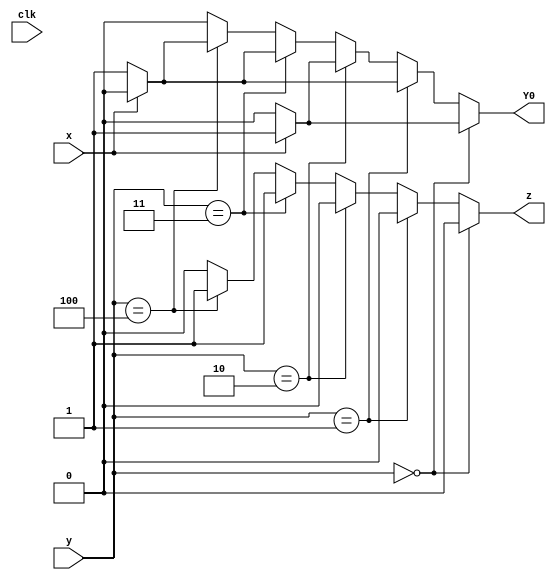
module top_module (
    input clk,
    input [2:0] y,
    input x,
    output Y0,
    output z
);
	
    always@(*)begin
        if(y == 0)begin Y0 <= x ? 1 : 0; z <= 0;end
        else if(y == 1)begin Y0 <= x ? 0 : 1; z <= 0;end
        else if(y == 2)begin Y0 <= x ? 1 : 0; z <= 0;end
        else if(y == 3)begin Y0 <= x ? 0 : 1; z <= 1;end
        else if(y == 4)begin Y0 <= x ? 0 : 1; z <= 1;end
        else begin Y0 <= 0; z <= 0;end
	end
	
endmodule